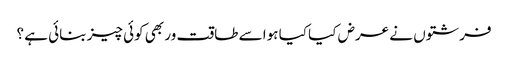
فرشتوں نے عرض کیا کیا ہوا سے طاقت ور بھی کوئی چیز بنائی ہے ؟